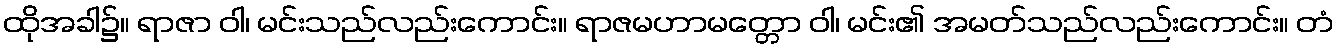
ထိုအခါ၌။ ရာဇာ ဝါ၊ မင်းသည်လည်းကောင်း။ ရာဇမဟာမတ္တော ဝါ၊ မင်း၏ အမတ်သည်လည်းကောင်း။ တံ